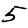
Digit: 5